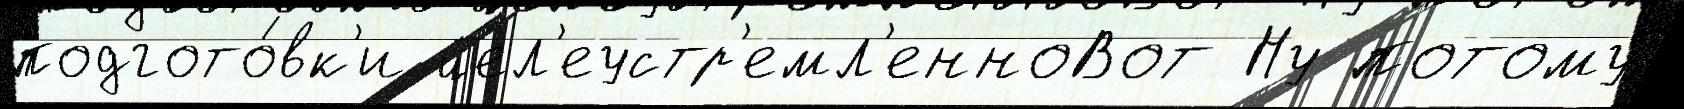
подгото́вк'и цел'еустр'емл'енноВот Ну потому́